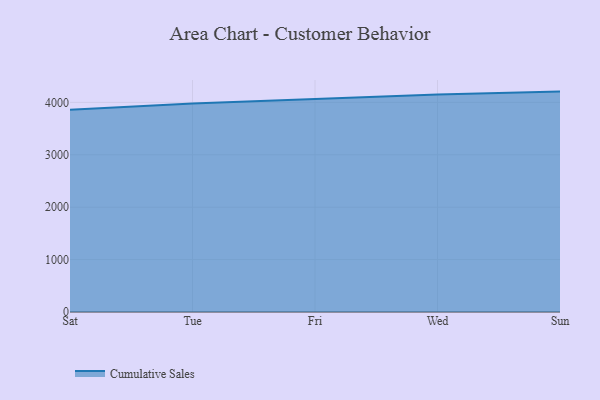
{"axis": {"x": "Day", "y": "Demand Index"}, "legend": ["Cumulative Sales"], "data": [{"x": "Sat", "y": 3857.4, "type": "Cumulative Sales"}, {"x": "Tue", "y": 3976.9, "type": "Cumulative Sales"}, {"x": "Fri", "y": 4064.5, "type": "Cumulative Sales"}, {"x": "Wed", "y": 4150.8, "type": "Cumulative Sales"}, {"x": "Sun", "y": 4205.7, "type": "Cumulative Sales"}]}